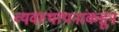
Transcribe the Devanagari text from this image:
व्यवस्थापनांकडून